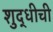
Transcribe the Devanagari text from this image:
शुद्धीची